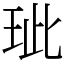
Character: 玼